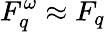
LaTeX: F_{q}^{\omega}\approx F_{q}